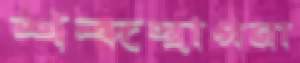
শব্দস্থাপনা